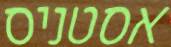
אסטניס